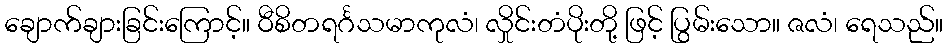
ချောက်ချားခြင်းကြောင့်။ ဝီစိတရင်္ဂသမာကုလံ၊ လှိုင်းတံပိုးတို့ ဖြင့် ပြွမ်းသော။ ဇလံ၊ ရေသည်။